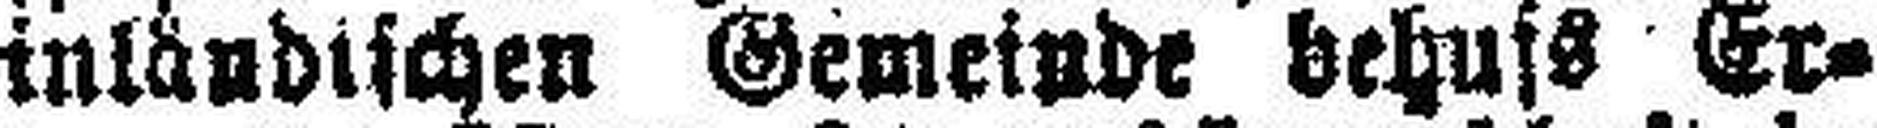
inländischen Gemeinde behufs Er¬